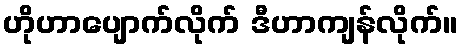
ဟိုဟာပျောက်လိုက် ဒီဟာကျန်လိုက်။